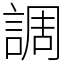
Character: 調